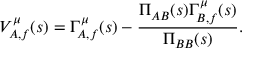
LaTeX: V _ { A , f } ^ { \mu } ( s ) = \Gamma _ { A , f } ^ { \mu } ( s ) - { \frac { \Pi _ { A B } ( s ) \Gamma _ { B , f } ^ { \mu } ( s ) } { \Pi _ { B B } ( s ) } } .